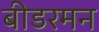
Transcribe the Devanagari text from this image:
बीडरमन